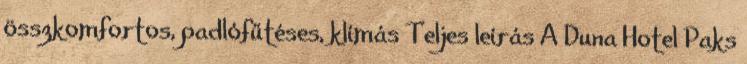
összkomfortos, padlófűtéses, klímás Teljes leírás A Duna Hotel Paks